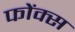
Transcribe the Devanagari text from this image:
फोंक्स